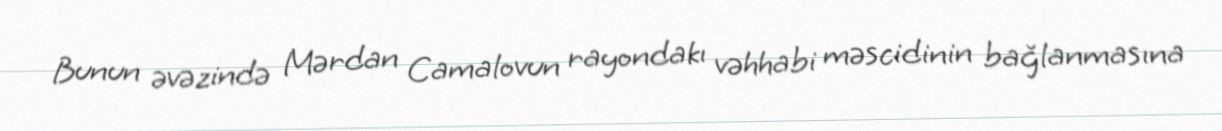
Bunun əvəzində Mərdan Camalovun rayondakı vəhhabi məscidinin bağlanmasına